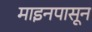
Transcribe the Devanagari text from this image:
माइनपासून